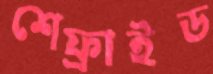
শেফ্রাইড